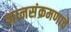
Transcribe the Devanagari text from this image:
ज्ञानसंक्रमणाचे